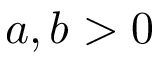
a , b > 0